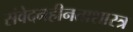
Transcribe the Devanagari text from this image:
संवेदनहीनताशास्त्र